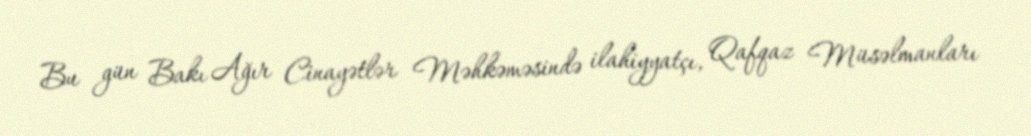
Bu gün Bakı Ağır Cinayətlər Məhkəməsində ilahiyyatçı, Qafqaz Müsəlmanları